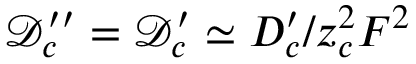
\mathcal { D } _ { c } ^ { \prime \prime } = \mathcal { D } _ { c } ^ { \prime } \simeq D _ { c } ^ { \prime } / z _ { c } ^ { 2 } F ^ { 2 }